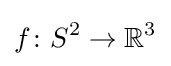
f\colon S^{2}\to \mathbb {R} ^{3}